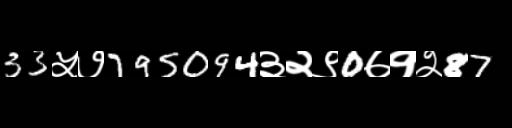
Text: 33५७795094३२९0७१२87